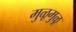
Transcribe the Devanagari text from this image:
मुळूमुळू